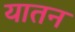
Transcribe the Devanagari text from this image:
यातन